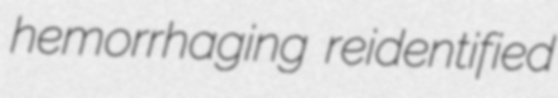
hemorrhaging reidentified